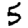
Digit: 5